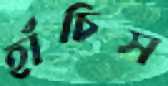
হাঁচিস